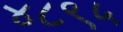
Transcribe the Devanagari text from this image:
४८९५